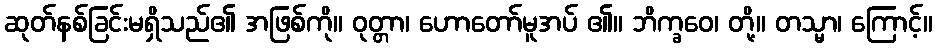
ဆုတ်နစ်ခြင်းမရှိသည်၏ အဖြစ်ကို။ ဝုတ္တာ၊ ဟောတော်မူအပ် ၏။ ဘိက္ခဝေ၊ တို့။ တသ္မာ၊ ကြောင့်။